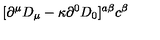
[ \partial ^ { \mu } D _ { \mu } - \kappa \partial ^ { 0 } D _ { 0 } ] ^ { a \beta } c ^ { \beta }